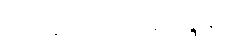
အဘိညေယာဒိဝါရဝဏ္ဏနာ